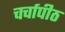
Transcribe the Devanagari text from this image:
चर्चापीठ